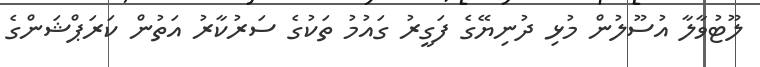
ލޫޓުވާލާ އުސޫލުން މުޅި ދުނިޔޭގެ ފަގީރު ގައުމު ތަކުގެ ސަރުކާރު އަތުން ކަރަޕްޝަންގެ